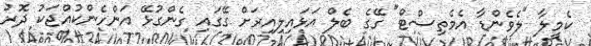
ކެމީލާ "ލެވެންޑާ އެމެތިސްޓް" ގޭގެ ބެލް އަޅައިލިއިރަށް ގޭގައި ގެންގުޅޭ އަންހެންކުއްޖަކު ދޮރު